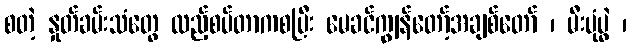
စတဲ့ နှုတ်ခမ်းသံတွေ ထည့်စပ်တာကစပြီး မေခင်ကျွန်တော့်အချစ်တော် ၊ မီးပုံပွဲ ၊